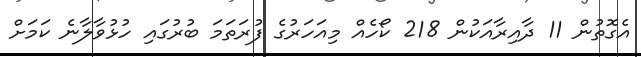
އެގޮތުން 11 ދާއިރާއަކުން 218 ކޯހެއް މިއަހަރުގެ ފުރަތަމަ ބުރުގައި ހުޅުވާލާނެ ކަމަށް